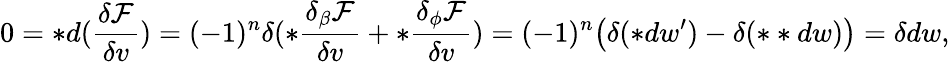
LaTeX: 0=\ast d(\frac{\delta\mathcal{F}}{\delta v})=(-1)^{n}\delta(\ast\frac{\delta_{\beta}\mathcal{F}}{\delta v}+\ast\frac{\delta_{\phi}\mathcal{F}}{\delta v})=(-1)^{n}\big(\delta(\ast dw^{\prime})-\delta(\ast\ast dw)\big)=\delta dw,